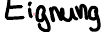
Eignung